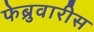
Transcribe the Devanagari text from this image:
फेब्रुवारीस